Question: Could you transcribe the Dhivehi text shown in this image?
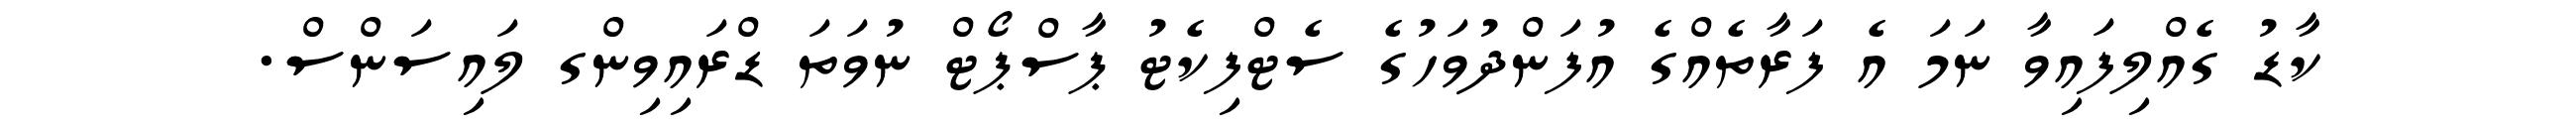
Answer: ކާޑު ގެއްލިފައިވާ ނަމަ އެ ފަރާތެއްގެ އުފަންދުވަހުގެ ސެޓްފިކެޓު ޕާސްޕޯޓް ނުވަތަ ޑްރައިވިންގ ލައިސަންސް.